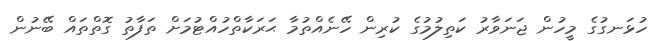
ހުޅަނގުގެ މީހުން ޖަނަވާރު ކަތިލުމުގެ ކުރިން ހޭނެއްތުމާ ޙަރަކާތްހުއްޓުމަށް ތަފާތު ގޮތްތައް ބޭނުން